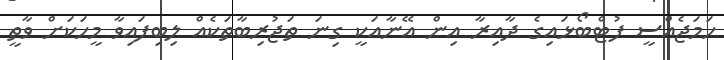
ހަމަޖެއްސީ ފުޓްބޯޅައިގެ ދާއިރާ އިން އޭނާއަކީ ގިނަ ތަޖުރިބާތަކެއް ލިބިފައިވާ މީހަކަށް ވާތީ